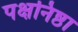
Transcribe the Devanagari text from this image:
पक्षनिष्ठा